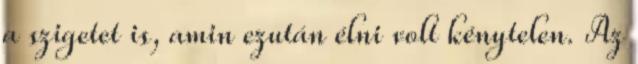
a szigetet is, amin ezután élni volt kénytelen. Az